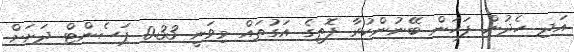
އަދި ހެދުން ފަހަން ބޭނުންކުރާ ފޮތީގެ އަގުތައް މިވަނީ 0.33 ޕަސެންޓް ދަށަށް